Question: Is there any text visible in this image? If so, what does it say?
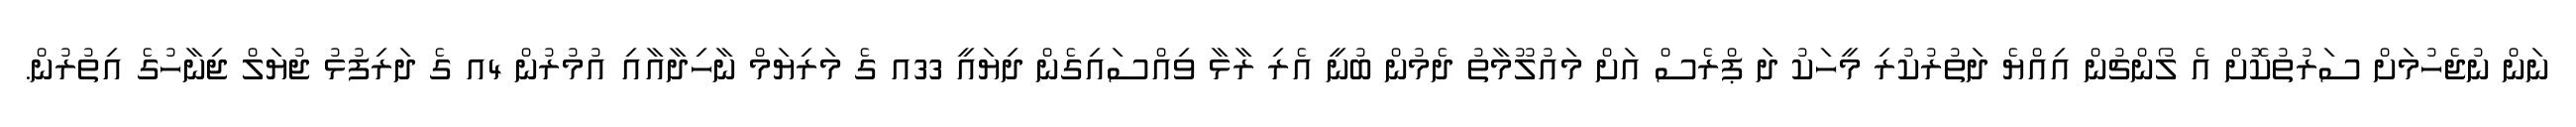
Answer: ނަން ނުޖެހުމަށް ސަރުތުކޮށް އެ ލޯންޗުން އިއްޔެ ދަތުރުކުރި މީހަކު ދަ ޕްރެސް އަށް މައުލޫމާތު ދެމުން ބުނީ އެރި ރާޅާ ވިއްސައިގެން ދިޔައީ 33އ ގެ މަރިޔަމް ނާހިދާއާއި އުމުރުން 4އ ގެ ދަރިފުޅު ޖުޔަލް ޖިނާހުގެ އިތުރުން.